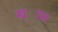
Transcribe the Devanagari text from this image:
ख्ास